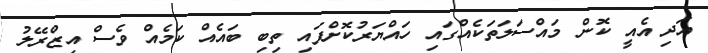
އަދި އެއީ ކޮން މައްސަލަތަކެއްގައި ހައްޔަރުކޮށްފައި ތިބި ބައެއް ކަމެއް ވެސް އިޒްރޭލު